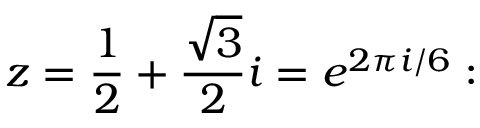
z = { \frac { 1 } { 2 } } + { \frac { \sqrt { 3 } } { 2 } } i = e ^ { 2 \pi i / 6 } :